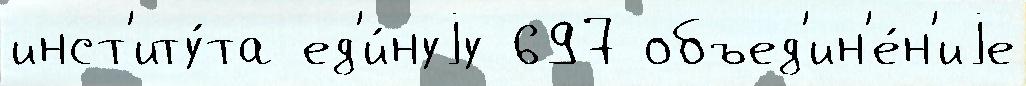
инст'иту́та ед'и́нуjу 697 объед'ин'е́н'иjе